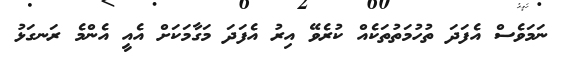
ނަމަވެސް އެފަދަ ތުހުމަތުތަކެއް ކުރެވޭ އިރު އެފަދަ މަގާމަކަށް އެއީ އެންމެ ރަނގަޅު